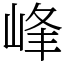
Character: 峰